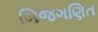
બિજગણિત